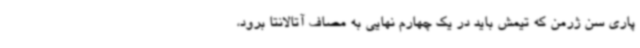
پاری سن ژرمن که تیمش باید در یک چهارم نهایی به مصاف آتالانتا برود،